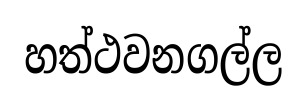
හත්ථවනගල්ල